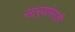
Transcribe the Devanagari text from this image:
सार्‍यांसाठी